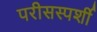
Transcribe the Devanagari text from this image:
परीसस्पर्शी